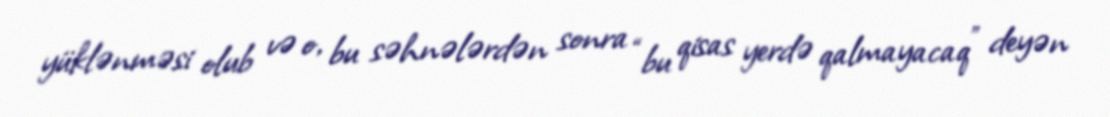
yüklənməsi olub və o, bu səhnələrdən sonra “bu qisas yerdə qalmayacaq” deyən